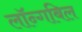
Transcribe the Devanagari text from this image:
लॉन्गबिल